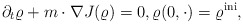
\begin{align*}\partial_t \varrho + m \cdot \nabla J(\varrho) = 0, \varrho(0,\cdot)=\varrho^{\rm ini},\end{align*}